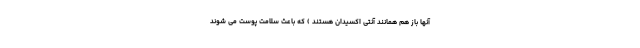
آنها باز هم همانند آنتی اکسیدان هستند ) که باعث سلامت پوست می شوند